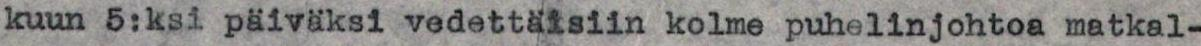
kuun 5:ksi päiväksi vedettäisiin kolme puhelinjohtoa matkal-